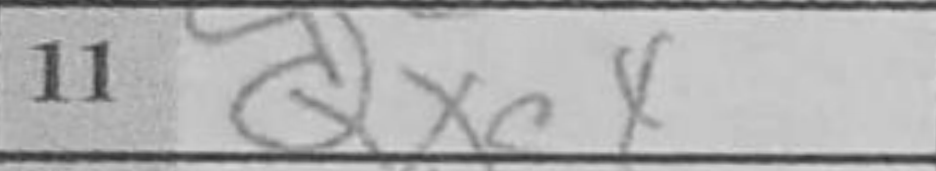
Transcription: Qxc4